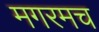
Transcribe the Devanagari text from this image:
मगरमच